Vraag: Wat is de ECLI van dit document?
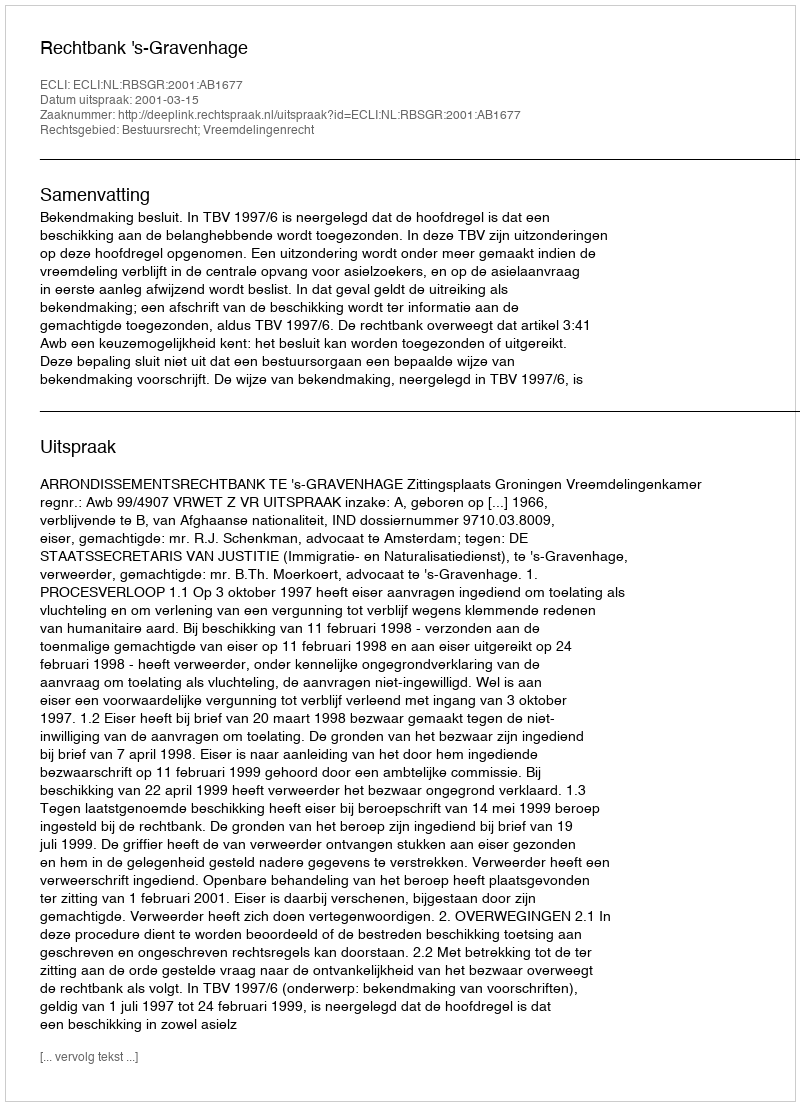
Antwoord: ECLI:NL:RBSGR:2001:AB1677